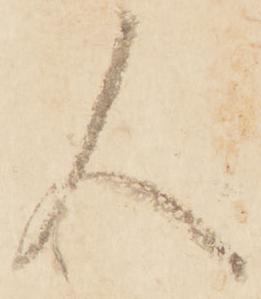
人